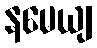
နမေယျ